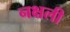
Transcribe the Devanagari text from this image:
नक्षली